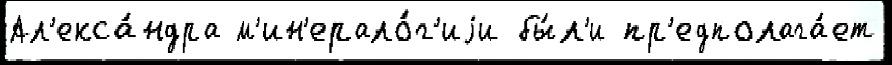
Ал'екса́ндра м'ин'ерало́г'иjи бы́л'и пр'едполага́ет